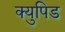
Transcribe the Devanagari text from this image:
क्युपिड